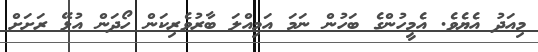
މިއަދު އެޔެވެ. އެމީހުންގެ ބަހުން ނަމަ އަމިއްލަ ބާރުވެރިކަން ހޯދަން އުޅޭ ރަށަށް